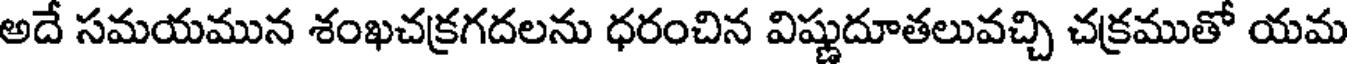
అదే సమయమున శంఖచక్రగదలను ధరంచిన విష్ణుదూతలువచ్చి చక్రముతో యమ